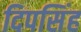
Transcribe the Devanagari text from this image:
दिपसिंह